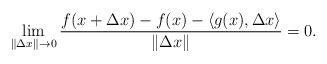
LaTeX: \begin{align*}\lim_{\| \Delta x\| \rightarrow 0} \frac{f(x+\Delta x) - f(x) - \langle g(x) , \Delta x \rangle }{\|\Delta x\|} = 0.\end{align*}